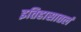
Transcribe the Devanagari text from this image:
इतिहासातलं